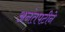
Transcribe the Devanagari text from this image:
अनंतपटीने